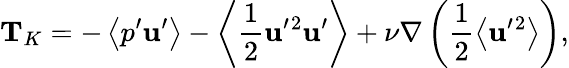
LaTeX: {\mathbf{T}}_{K}=-\left\langle{p^{\prime}{\mathbf{u}}^{\prime}}\right\rangle-\left\langle{\frac{1}{2}{\mathbf{u}}^{\prime}{}^{2}{\mathbf{u}}^{\prime}}\right\rangle+\nu\nabla\left({\frac{1}{2}\left\langle{{\mathbf{u}}^{\prime}{}^{2}}\right\rangle}\right),